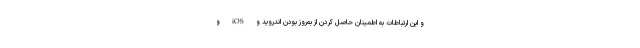
و این ارتباطات به اطمینان حاصل کردن از به‌روز بودن اندروید و iOS و